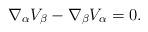
LaTeX: \begin{align*}\nabla _{\alpha}V_{\beta}-\nabla _{\beta}V_{\alpha}=0.\end{align*}